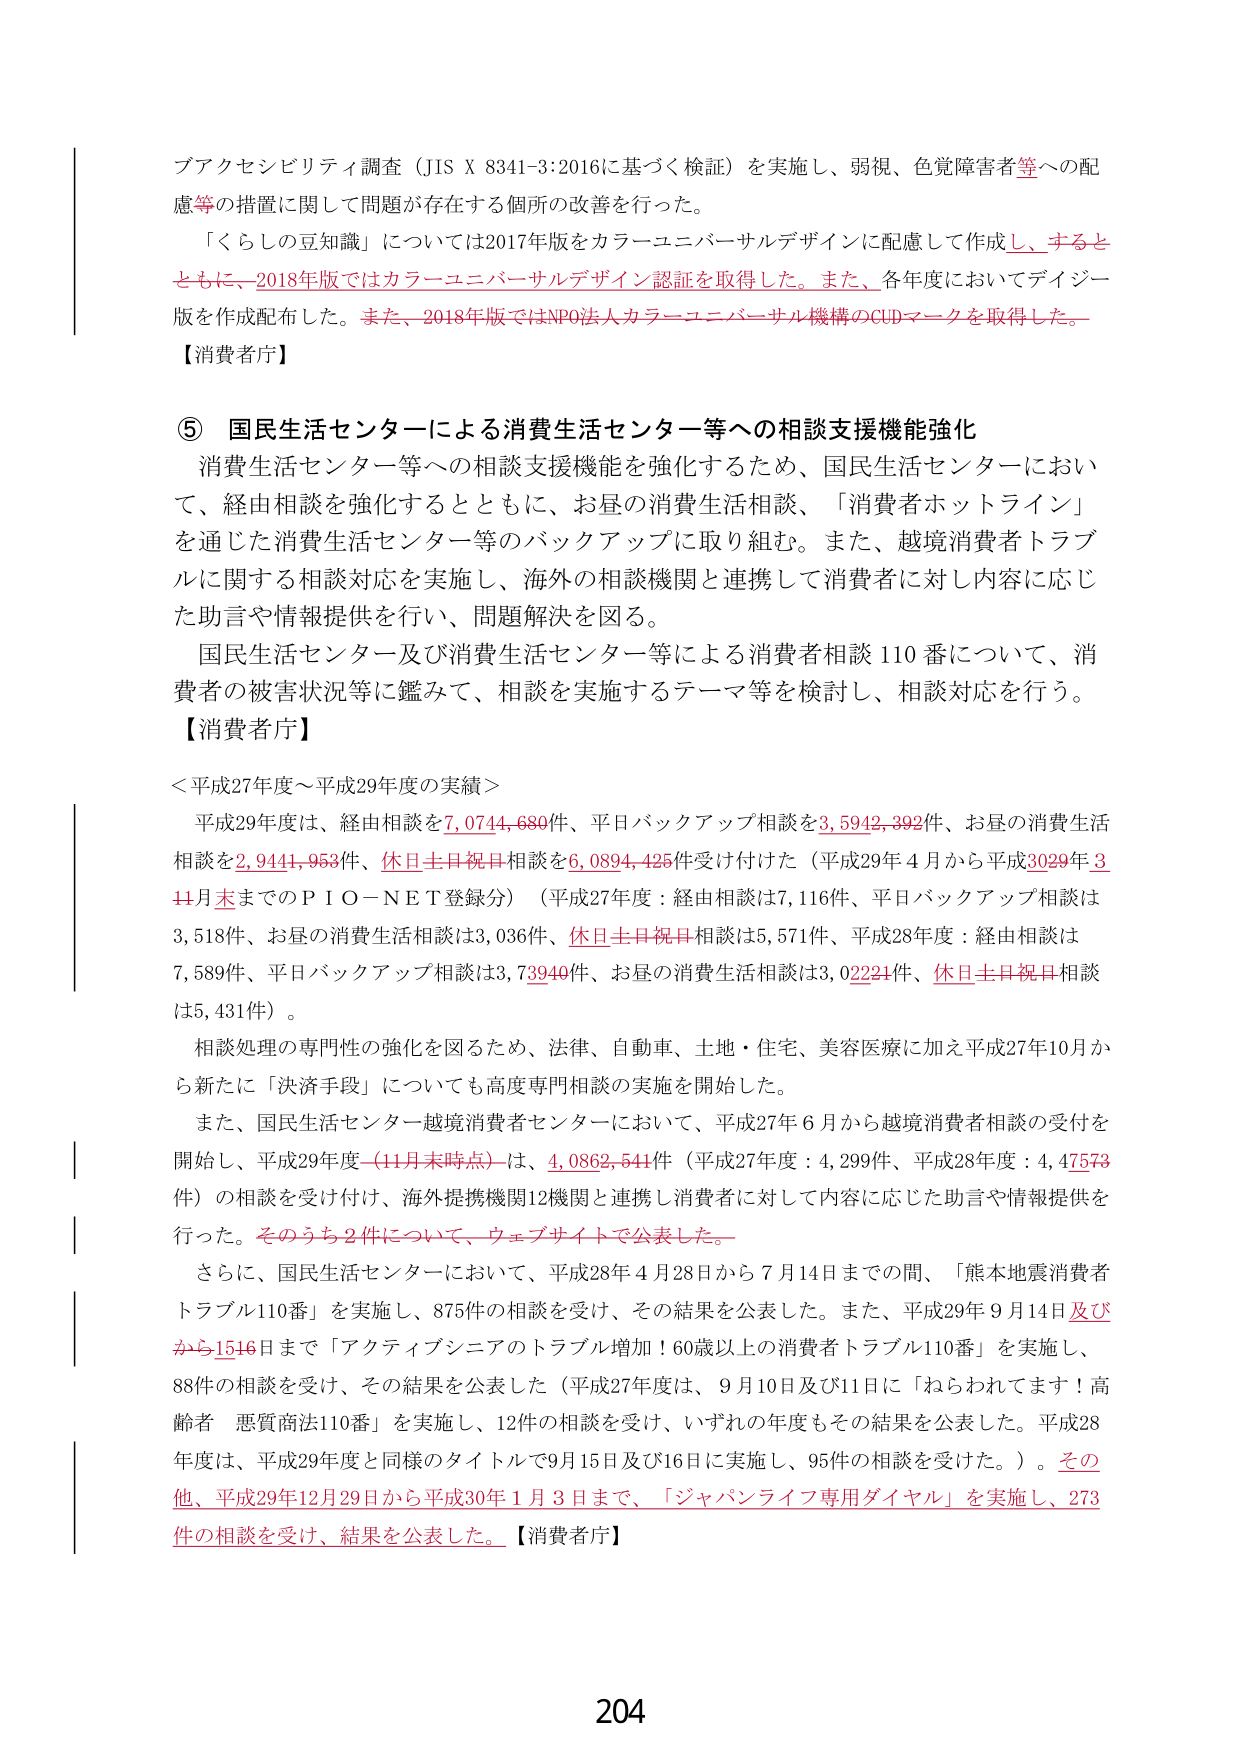
ブアクセンビリティ調査（JIS X 8341-3:2016に基づく検証）を実施し、弱視、色覚障害者等への配慮等の措置に関して問題が存在する個所の改善を行った。

「くらしの豆知識」については2017年版をカラーユニバーサルデザインに配慮して作成し、するとともに、2018年版ではカラーユニバーサルデザイン認証を取得した。また、各年度においてデザイン版を作成配布した。また、2018年版ではNPO法人カラーユニバーサル機構のCUDマークを取得した。

【消費者庁】

⑤ 国民生活センターによる消費生活センター等への相談支援機能強化

消費生活センター等への相談支援機能を強化するため、国民生活センターにおいて、経由相談を強化するとともに、お昼の消費生活相談、「消費者ホットライン」を通じた消費生活センター等のバックアップに取り組む。また、越境消費者トラブルに関する相談対応を実施し、海外の相談機関と連携して消費者に対し内容に応じた助言や情報提供を行い、問題解決を図る。

国民生活センター及び消費生活センター等による消費者相談110番について、消費者の被害状況等に鑑みて、相談を実施するテーマ等を検討し、相談対応を行う。

【消費者庁】

＜平成27年度～平成29年度の実績＞

平成29年度は、経由相談を7,074,680件、平日バックアップ相談を3,5942,392件、お昼の消費生活相談を2,944,953件、休日土日祝日相談を6,0894,425件受け付けた（平成29年4月から平成3029年3月4日まででのＰＩＯ－ＮＥＴ登録分）（平成27年度：経由相談は7,116件、平日バックアップ相談は3,518件、お昼の消費生活相談は3,036件、休日土日祝日相談は5,571件、平成28年度：経由相談は7,589件、平日バックアップ相談は3,73940件、お昼の消費生活相談は3,02224件、休日土日祝日相談は5,431件）。

相談処理の専門性の強化を図るため、法律、自動車、土地・住宅、美容医療に加え平成27年10月から新たに「済済手段」についても高度専門相談の実施を開始した。

また、国民生活センター越境消費者センターにおいて、平成27年6月から越境消費者相談の受付を開始し、平成29年度（11月末時点）は、4,0862,541件（平成27年度：4,299件、平成28年度：4,47573件）の相談を受け付け、海外提携機関12機関と連携し消費者に対して内容に応じた助言や情報提供を行った。そのうち2件について、ウェブサイトで公表した。

さらに、国民生活センターにおいて、平成28年4月28日から7月14日までの間、「熊本地震消費者トラブル110番」を実施し、875件の相談を受け、その結果を公表した。また、平成29年9月14日及びから1516日まで「アクティブシニアのトラブル増加！60歳以上の消費者トラブル110番」を実施し、88件の相談を受け、その結果を公表した（平成27年度は、9月10日及び11日に「ねらわれてます！高齢者 悪質商法110番」を実施し、12件の相談を受け、いずれの年度もその結果を公表した。平成28年度は、平成29年度と同様のタイトルで9月15日及び16日に実施し、95件の相談を受けた。）。その他、平成29年12月29日から平成30年1月3日まで、「ジャパンライフ専用ダイヤル」を実施し、273件の相談を受け、結果を公表した。【消費者庁】

204